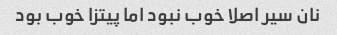
نان سیر اصلا خوب نبود اما پیتزا خوب بود